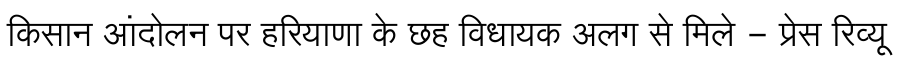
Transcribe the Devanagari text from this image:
किसान आंदोलन पर हरियाणा के छह विधायक अलग से मिले - प्रेस रिव्यू